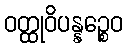
ဝတ္ထုဝိပန္နဉ္စေဝ